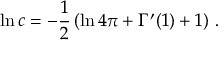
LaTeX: \ln c = - \frac { 1 } { 2 } \left( \ln 4 \pi + \Gamma ^ { \prime } ( 1 ) + 1 \right) \, .